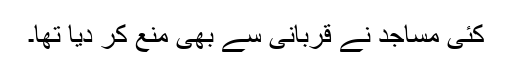
کئی مساجد نے قربانی سے بھی منع کر ديا تھا۔